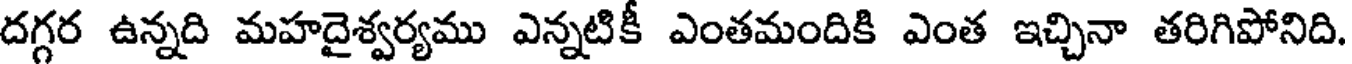
దగ్గర ఉన్నది మహదైశ్వర్యము ఎన్నటికీ ఎంతమందికి ఎంత ఇచ్చినా తరిగిపోనిది